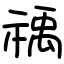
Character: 䄔